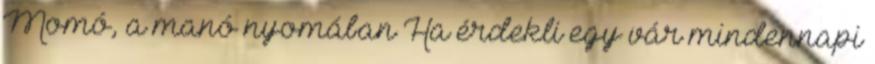
Momó, a manó nyomában Ha érdekli egy vár mindennapi